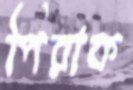
পিরাক